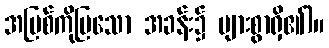
အပြစ်ကိုပြသော အခန်း၌ များစွာရှိ၏)။